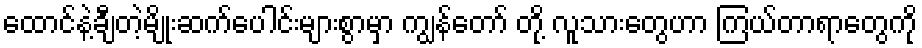
ထောင်နဲ့ချီတဲ့မျိုးဆက်ပေါင်းများစွာမှာ ကျွန်တော် တို့ လူသားတွေဟာ ကြယ်တာရာတွေကို